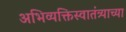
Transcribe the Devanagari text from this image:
अभिव्यक्तिस्वातंत्र्याच्या